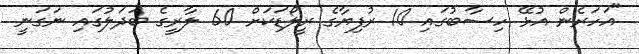
"އަހަރެން އުޅޭ ހިސާބުގައި 10 ރުފިޔާގެ ރީލޯޑަކަށް 60 ލާރީގެ ބަދަލުގައި ނަގަނީ